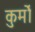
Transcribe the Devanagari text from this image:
कुर्मो